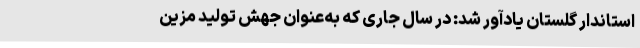
استاندار گلستان یادآور شد: در سال جاری که به‌عنوان جهش تولید مزین